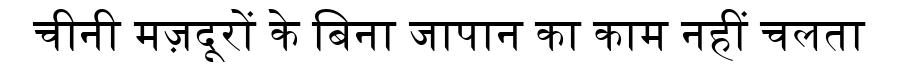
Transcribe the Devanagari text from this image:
चीनी मज़दूरों के बिना जापान का काम नहीं चलता